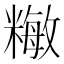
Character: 𥼖